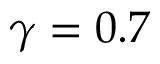
\gamma = 0 . 7